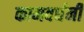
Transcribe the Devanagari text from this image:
कामवर्धनी